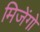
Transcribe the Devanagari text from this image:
मिजेंगो